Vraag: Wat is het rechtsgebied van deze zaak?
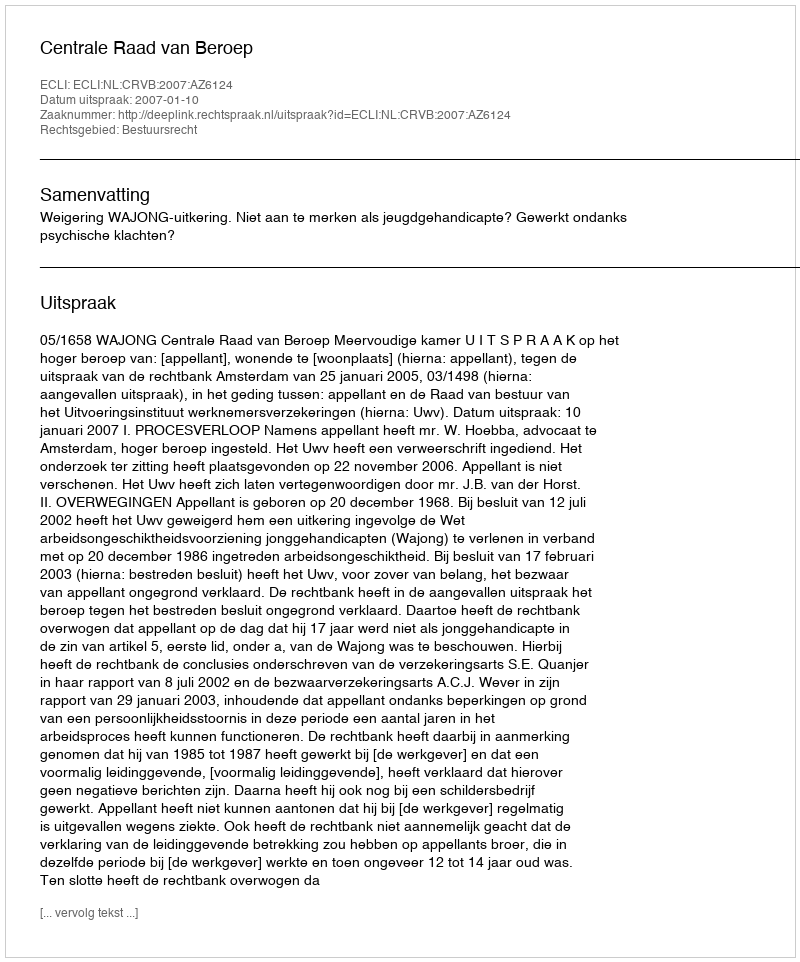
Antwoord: Bestuursrecht